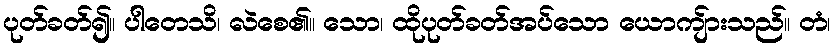
ပုတ်ခတ်၍။ ပါတေသိ၊ လဲစေ၏။ သော၊ ထိုပုတ်ခတ်အပ်သော ယောကျ်ားသည်။ တံ၊